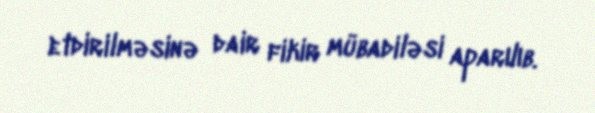
etdirilməsinə dair fikir mübadiləsi aparılıb.